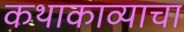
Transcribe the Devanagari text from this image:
कथाकाव्याचा